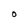
Character: O